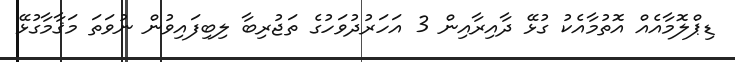
ޑިޕްލޮމާއެއް އޮތުމާއެކު ގުޅޭ ދާއިރާއިން 3 އަހަރުދުވަހުގެ ތަޖުރިބާ ލިބިފައިވުން ނުވަތަ މަޤާމާގުޅޭ